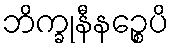
ဘိက္ခုနီနဉ္စေပိ